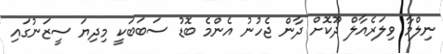
ނިލްމާ ވިލަރެއާލް ދޫކޮށް ދާން ޖެހުނު އެންމެ ބޮޑު ސަބަބަކީ މިދިޔަ ސީޒަނުގައި